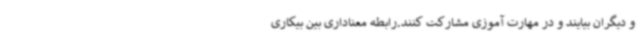
و دیگران بیایند و در مهارت آموزی مشارکت کنند.رابطه معناداری بین بیکاری